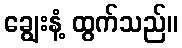
ချွေးနံ့ ထွက်သည်။